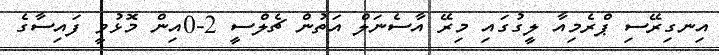
އިނގިރޭސި ޕްރެމިއާ ލީގުގައި މިރޭ އާސެނަލް އަތުން ޗެލްސީ 2-0އިން މޮޅުވީ ފައިސާގެ